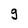
Character: g